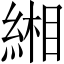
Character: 緗